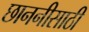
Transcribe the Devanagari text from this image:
छाननीसाठी